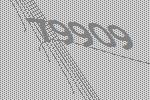
79909